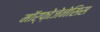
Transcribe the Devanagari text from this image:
मॉर्फ़ोजेनेसिस